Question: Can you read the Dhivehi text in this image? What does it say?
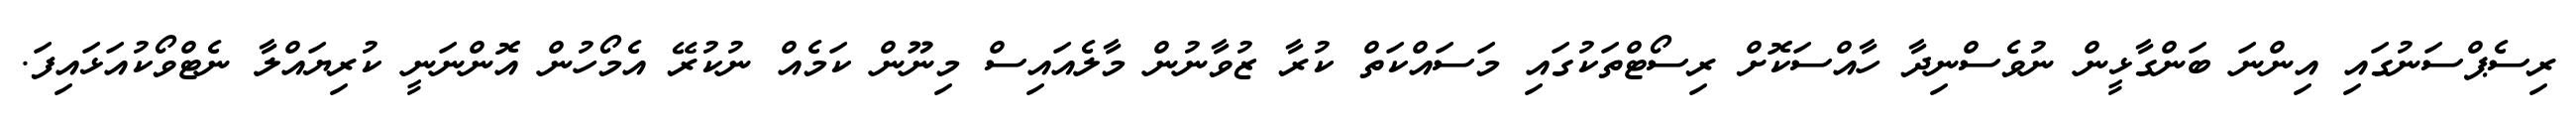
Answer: ރިސެޕްސަނުގައި އިންނަ ބަންގާޅީން ނުވެސްނިދާ ހާއްސަކޮށް ރިސޯޓްތަކުގައި މަސައްކަތް ކުރާ ޒުވާނުން މާލެއައިސް މިނޫން ކަމެއް ނުކުރޭ އެމޯހުން އޮންނަނީ ކުރިޔައްލާ ނެޓްވޯކުއަޅައިފަ.